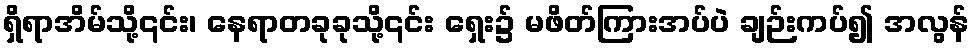
ရှိရာအိမ်သို့၎င်း၊ နေရာတခုခုသို့၎င်း ရှေး၌ မဖိတ်ကြားအပ်ပဲ ချဉ်းကပ်၍ အလွန်